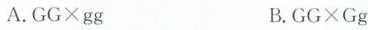
A.$$GG\timesgg$$ B.$$GG\timesGg$$